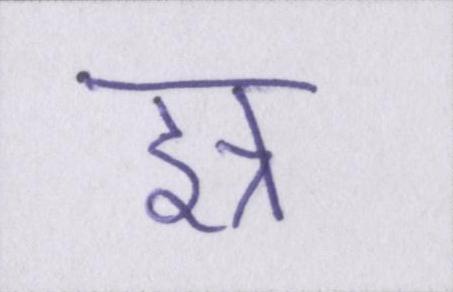
इत्र